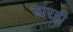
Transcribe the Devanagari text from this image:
सारही